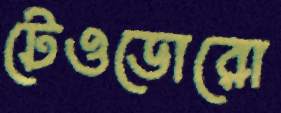
টেওডোরো